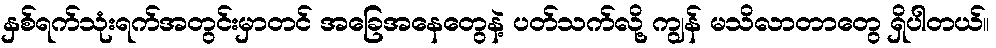
နှစ်ရက်သုံးရက်အတွင်းမှာတင် အခြေအနေတွေနဲ့ ပတ်သက်လို့ ကျွန် မသိလာတာတွေ ရှိပါတယ်။